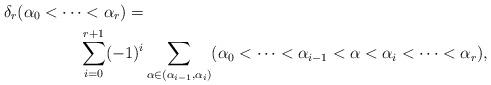
LaTeX: \begin{align*}\delta_r(\alpha_0<\cdots<\alpha_r)=&\\\sum_{i=0}^{r+1}(-1)^{i}&\sum_{\alpha \in(\alpha_{i-1},\alpha_i)}(\alpha_0<\cdots <\alpha_{i-1}<\alpha<\alpha_i<\cdots<\alpha_r),\end{align*}